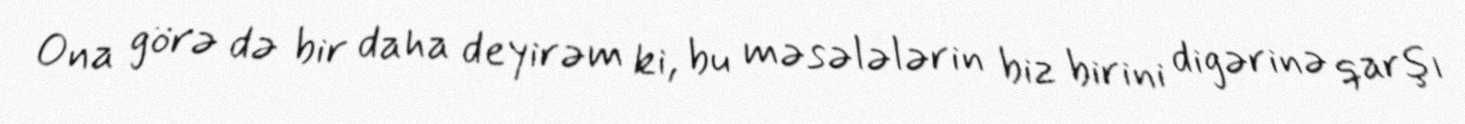
Ona görə də bir daha deyirəm ki, bu məsələlərin biz birini digərinə qarşı